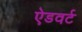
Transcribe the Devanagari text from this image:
ऐडवर्ट